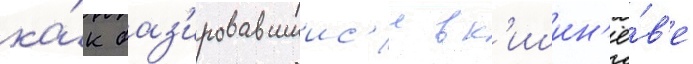
ка́к баз'ировавшиис'я в к'ишин'ё́в'е